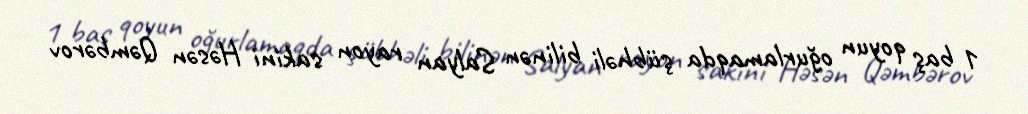
1 baş qoyun oğurlamaqda şübhəli bilinən Salyan rayon sakini Həsən Qəmbərov